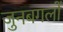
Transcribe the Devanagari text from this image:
जुनबगलों